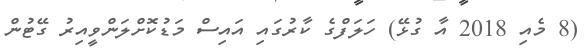
(8 މެއި 2018 އާ ގުޅޭ) ހަލަފްގެ ކާރުގައި އައިސް މަޑުކޮށްލަންވީއިރު ގޭޓުން